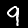
Digit: 9